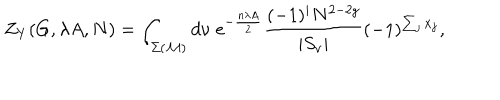
Z _ { Y } ( G , \lambda A , N ) = \int _ { \Sigma ( { \cal M } ) } d \nu \; \mathrm { e } ^ { - \frac { n \lambda A } { 2 } } \frac { ( - 1 ) ^ { i } N ^ { 2 - 2 g } } { | S _ { \nu } | } ( - 1 ) ^ { \sum _ { j } x _ { j } } ,